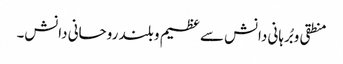
منطقی و بُرہانی دانش سے عظیم و بلند روحانی دانش۔